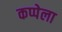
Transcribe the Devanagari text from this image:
कप्पेला